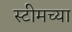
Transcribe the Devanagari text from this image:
स्टीमच्या